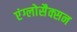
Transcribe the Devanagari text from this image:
एंग्लोसैक्सन